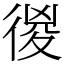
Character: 㣭